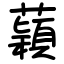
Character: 蘔